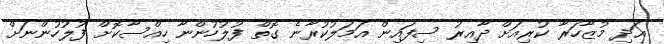
އަދި މުޒާހަރާ ކުރިއަށް ދާއިރު ސިފައިން އަމަލުކުރާނެ ގޮތް ފުލުހުންނާ ހިއްސާކޮށް ފުލުހުންނަށް